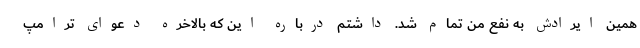
همین ایرادش به نفع من تمام شد. داشتم درباره این که بالاخره دعوای ترامپ